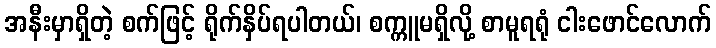
အနီးမှာရှိတဲ့ စက်ဖြင့် ရိုက်နှိပ်ရပါတယ်၊ စက္ကူမရှိလို့ စာမူရရုံ ငါးဖောင်လောက်